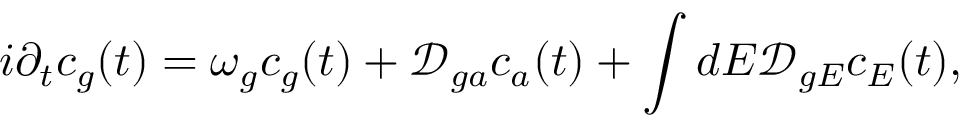
i \partial _ { t } c _ { g } ( t ) = ω _ { g } c _ { g } ( t ) + \mathcal { D } _ { g a } c _ { a } ( t ) + \int d E \mathcal { D } _ { g E } c _ { E } ( t ) ,